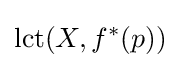
{\text{lct}}(X,f^{*}(p))